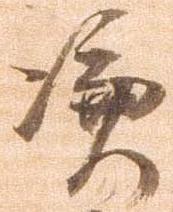
憑